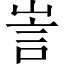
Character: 訔